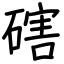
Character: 磍